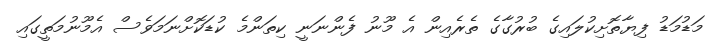
މަޑުމަޑު ފިޔާތޮށިކުލައިގެ ބުރުގާގެ ތެރެއިން އެ މޫނު ފެންނަނީ ކިތަންމެ ކުޑަކޮށްނަމަވެސް އެމޫނުމަތީގައި